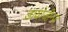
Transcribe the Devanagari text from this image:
डायोजीन्ज़